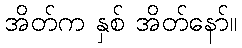
အိတ်က နှစ် အိတ်နော်။